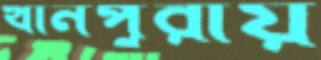
খানপুরায়